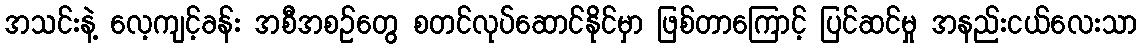
အသင်းနဲ့ လေ့ကျင့်ခန်း အစီအစဉ်တွေ စတင်လုပ်ဆောင်နိုင်မှာ ဖြစ်တာကြောင့် ပြင်ဆင်မှု အနည်းငယ်လေးသာ